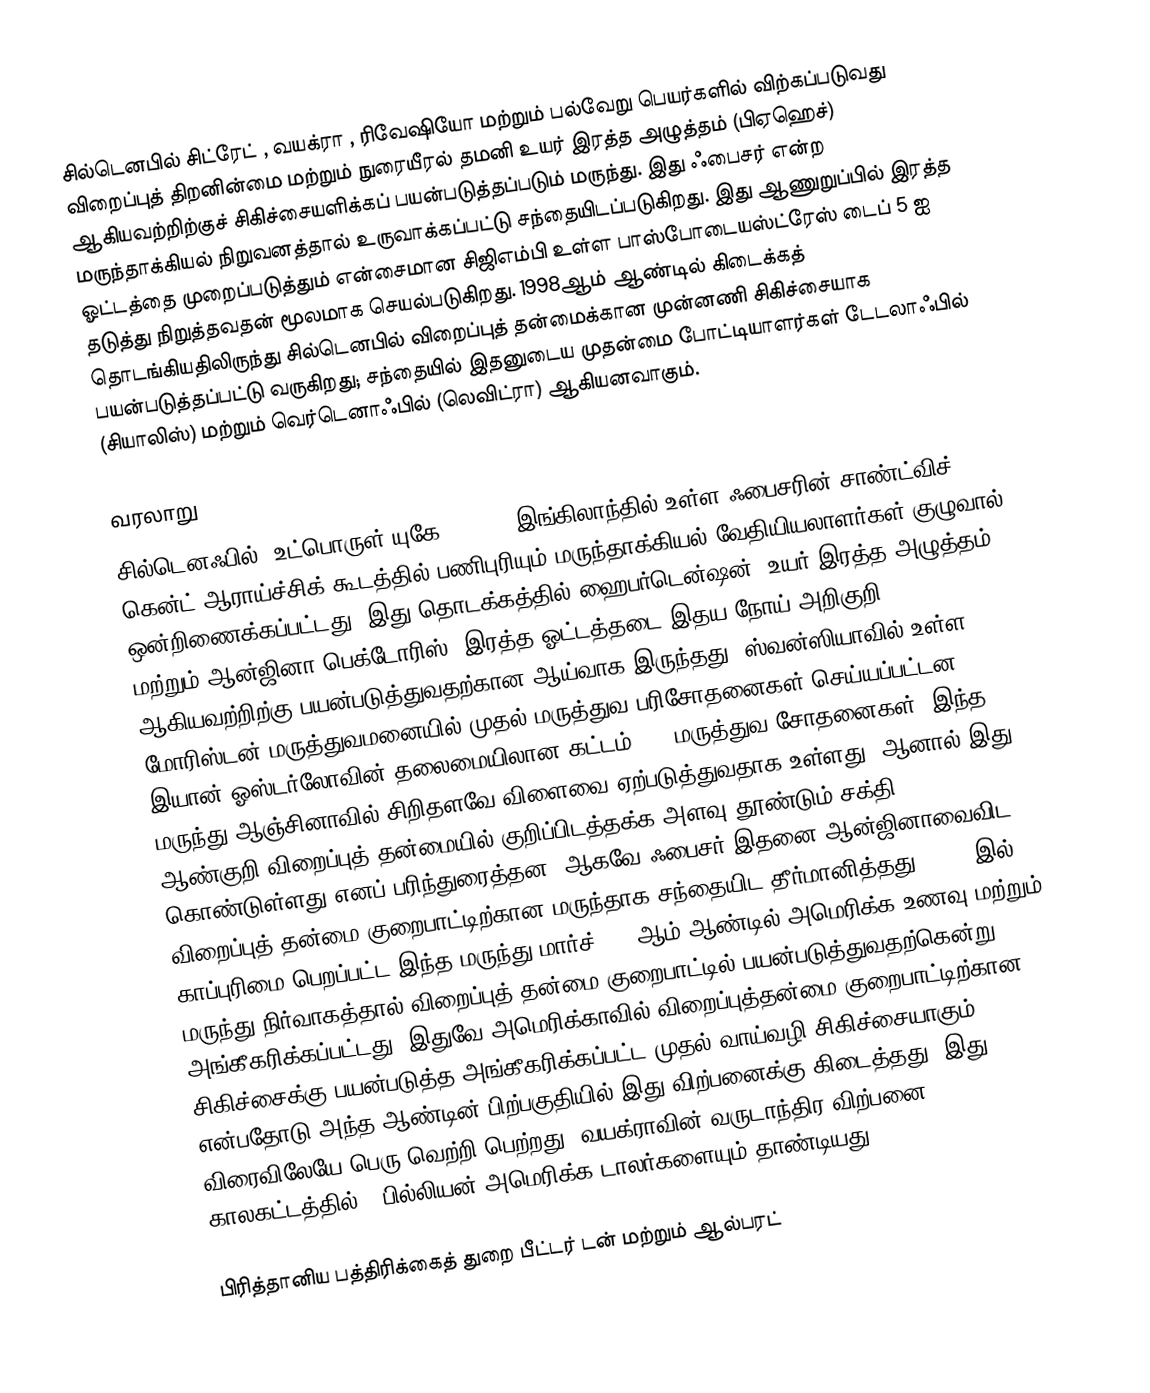
சில்டெனபில் சிட்ரேட் , வயக்ரா , ரிவேஷியோ மற்றும் பல்வேறு பெயர்களில் விற்கப்படுவது விறைப்புத் திறனின்மை மற்றும் நுரையீரல் தமனி உயர் இரத்த அழுத்தம் (பிஏஹெச்) ஆகியவற்றிற்குச் சிகிச்சையளிக்கப் பயன்படுத்தப்படும் மருந்து. இது ஃபைசர் என்ற மருந்தாக்கியல் நிறுவனத்தால் உருவாக்கப்பட்டு சந்தையிடப்படுகிறது. இது ஆணுறுப்பில் இரத்த ஓட்டத்தை முறைப்படுத்தும் என்சைமான சிஜிஎம்பி உள்ள பாஸ்போடையஸ்ட்ரேஸ் டைப் 5 ஐ தடுத்து நிறுத்தவதன் மூலமாக செயல்படுகிறது. 1998ஆம் ஆண்டில் கிடைக்கத் தொடங்கியதிலிருந்து சில்டெனபில் விறைப்புத் தன்மைக்கான முன்னணி சிகிச்சையாக பயன்படுத்தப்பட்டு வருகிறது; சந்தையில் இதனுடைய முதன்மை போட்டியாளர்கள் டேடலாஃபில் (சியாலிஸ்) மற்றும் வெர்டெனாஃபில் (லெவிட்ரா) ஆகியனவாகும்.

வரலாறு
சில்டெனஃபில் (உட்பொருள் யுகே-92,480) இங்கிலாந்தில் உள்ள ஃபைசரின் சாண்ட்விச், கென்ட் ஆராய்ச்சிக் கூடத்தில் பணிபுரியும் மருந்தாக்கியல் வேதியியலாளர்கள் குழுவால் ஒன்றிணைக்கப்பட்டது. இது தொடக்கத்தில் ஹைபர்டென்ஷன் (உயர் இரத்த அழுத்தம்) மற்றும் ஆன்ஜினா பெக்டோரிஸ் (இரத்த ஓட்டத்தடை இதய நோய் அறிகுறி) ஆகியவற்றிற்கு பயன்படுத்துவதற்கான ஆய்வாக இருந்தது. ஸ்வன்ஸியாவில் உள்ள மோரிஸ்டன் மருத்துவமனையில் முதல் மருத்துவ பரிசோதனைகள் செய்யப்பட்டன. இயான் ஓஸ்டர்லோவின் தலைமையிலான கட்டம் I - மருத்துவ சோதனைகள், இந்த மருந்து ஆஞ்சினாவில் சிறிதளவே விளைவை ஏற்படுத்துவதாக உள்ளது, ஆனால் இது ஆண்குறி விறைப்புத் தன்மையில் குறிப்பிடத்தக்க அளவு தூண்டும் சக்தி கொண்டுள்ளது எனப் பரிந்துரைத்தன. ஆகவே ஃபைசர் இதனை ஆன்ஜினாவைவிட விறைப்புத் தன்மை குறைபாட்டிற்கான மருந்தாக சந்தையிட தீர்மானித்தது. 1996 இல் காப்புரிமை பெறப்பட்ட இந்த மருந்து மார்ச் 1998ஆம் ஆண்டில் அமெரிக்க உணவு மற்றும் மருந்து நிர்வாகத்தால் விறைப்புத் தன்மை குறைபாட்டில் பயன்படுத்துவதற்கென்று அங்கீகரிக்கப்பட்டது, இதுவே அமெரிக்காவில் விறைப்புத்தன்மை குறைபாட்டிற்கான சிகிச்சைக்கு பயன்படுத்த அங்கீகரிக்கப்பட்ட முதல் வாய்வழி சிகிச்சையாகும் என்பதோடு அந்த ஆண்டின் பிற்பகுதியில் இது விற்பனைக்கு கிடைத்தது. இது விரைவிலேயே பெரு வெற்றி பெற்றது: வயக்ராவின் வருடாந்திர விற்பனை 1999–2001 காலகட்டத்தில் 1 பில்லியன் அமெரிக்க டாலர்களையும் தாண்டியது.

பிரித்தானிய பத்திரிக்கைத் துறை பீட்டர் டன் மற்றும் ஆல்பரட்